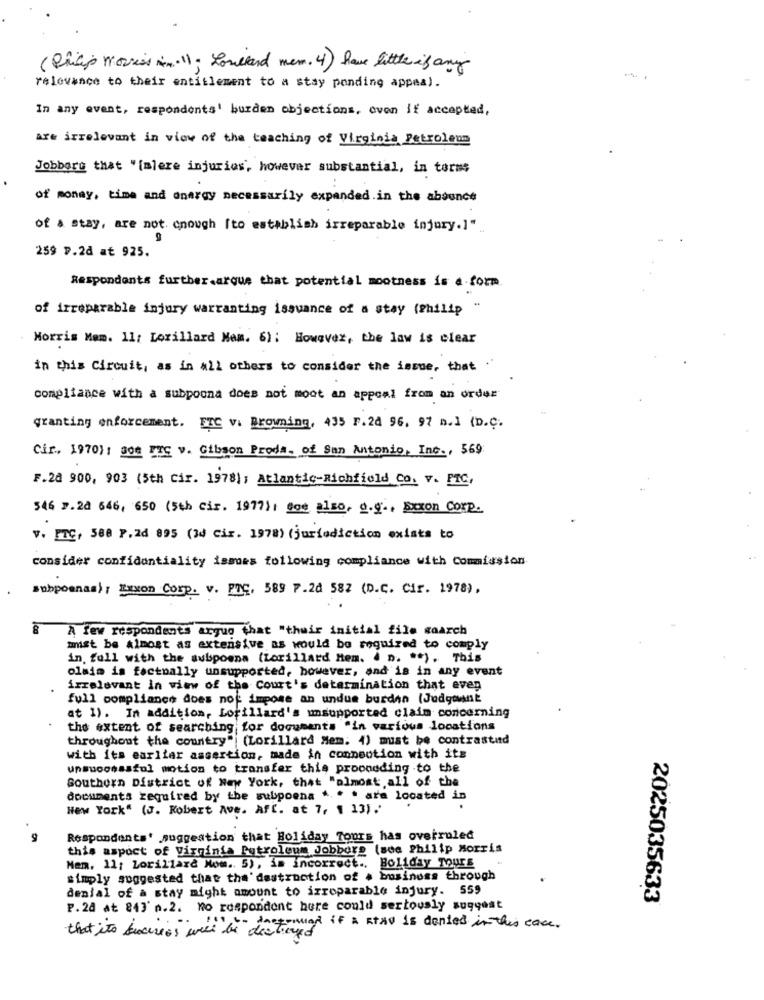
( Philip morris in 11; Roulland men. 4) have little if any
..
relevance to their entitlement to a stay ponding appeal.
In any event, respondents' burden objections, even if accepted,
are irrelevant in view of the teaching of Virginia Petroleum
Jobberg that "[mlere injuries, however substantial, in torms
of money, time and energy necessarily expanded.in the abounce
of a stay, are not. cnough [to establish irreparable injury.]"
259 7.2d at 925.
Respondents further.arque that potential mootness is a form
of irreparable injury warranting issuance of a stay (Philip
Norris Mem. 11: Lorillard Mam. 6) ; However, the law is clear
in this Circuit, as in all others to consider the issue, that .
compliance with a subpoona does not moot an appeal from an order
granting enforcement. ETC v. Browning, 435 F.2d 96, 97 n.] (D.C.
Cir. 1970}: Som FTC v. Gibson Prods. of San Antonio, Inc ., 569
F.2d 900, 903 (5th cir. 1978); Atlantic Richfield Co. v. PIC,
546 7.28 646, 650 (5th cir. 1977): dos also, o.g ., Decon Corp.
v. FTC, 588 P.2d 895 (30 cir. 1978) (jurisdiction exists to
consider confidentiality ismes following compliance with Commission
subpoenas): Exxon Corp. v. PTC, 589 7.20 582 (D.C. Cir. 1978),
A few respondents argue that "their initial file waarch
mist be Almost as extensive as would be required to comply
in fall with the subpoena (Lorillard Hem. . D. ** ). This
olaja is factually unsupported, however, and is in any event
irrelevant in view of the Court's determination that even
full compliance does not impose an undue burdan (Judgment
at 1). In addition, Lorillard's unsupported claim concerning
the extent of searching for documents "in various locations
throughout the country"| (Lorillard Mem. 4) must be contrastad
with its earlier assertion, made in connection with its
unsuccessful motion to transfer this prooneding .to the
Southern District of New York, that "almost all of the
documents required by the subpoena .. . . are located in
New York" (J. Robert Ave. Aft. at 7, 1 13).
9
Respondents' suggestion that Boliday Tours has overruled
this aspect of Virginia Petroleum Jobborg (see Philip Morris
Nem, 11; Lorillard Nom .. 5), is incorrect ., Boliday Tours
simply suggested that the' destruction of a business through
denial of a stay might amount to irreparable injury. 559
2025035633
P.28 at 243' n.2. No respondent hore could seriously suggest
::::- negenmed if a stav is dented in this case.
that its ducres well be destiund